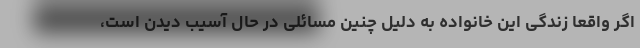
اگر واقعا زندگی این خانواده به دلیل چنین مسائلی در حال آسیب دیدن است،